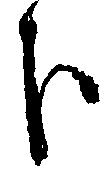
歩